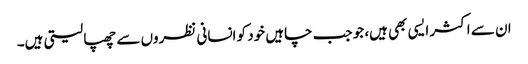
ان سے اکثر ایسی بھی ہیں، جو جب چاہیں خود کو انسانی نظروں سے چھپا لیتی ہیں۔